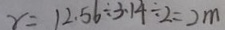
r = 1 2 . 5 6 \div 3 . 1 4 \div 2 = 2 m